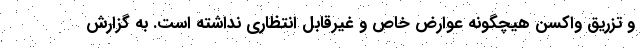
و تزریق واکسن هیچگونه عوارض خاص و غیرقابل انتظاری نداشته است. به گزارش